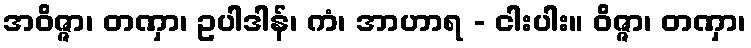
အဝိဇ္ဇာ၊ တဏှာ၊ ဥပါဒါန်၊ ကံ၊ အာဟာရ - ငါးပါး။ ဝိဇ္ဇာ၊ တဏှာ၊